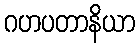
ဂဟပတာနိယာ